Report of the Bombay Veterinary College
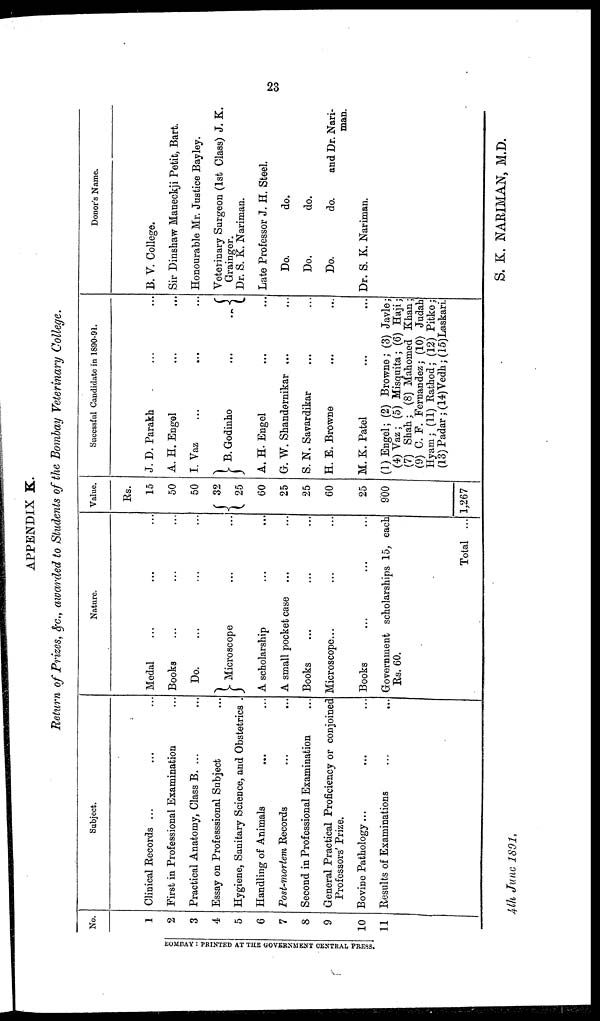
23
APPENDIX K.
Return of Prizes, &c., awarded to Students of the Bombay Veterinary College.
No.
1
2
3
4
5
6
7
8
9
10
11
Subject.
Clinical Records ... ... ...
First in Professional Examination ...
Practical Anatomy, Class B. ... ...
Essay on Professsional Subject ...
Hygiene, Sanitary Science, and Obstetrics .
Handling of Animals ... ...
Post-mortem Records ... ...
Second in Professional Examination ...
General Practical Proficiency or conjoined
Professors' Prize.
Bovine Pathology... ... ...
Results of Examinations
...
...
Nature.
Medal ... ... ...
Books ... ... ...
Do. ... ... ...
} Microscope ... ...
A scholarship ... ...
A small pocket case ... ...
Books ... ... ...
Microscope... ... ...
Books ... ... ...
Government scholarships 15, each
Rs. 60.
Total ...
Value.
Rs.
15
50
50
{ 32
25
60
25
25
60
25
900
1,267
Sucessful Candidate in 1890-91.
J. D. Parakh ... ...
A. H. Engel ... ...
I. Vaz ... ... ...
} B.Godinho ... ...{
A. H. Engel ... ...
G. W. Shandernikar ... ...
S. N. Savardikar ... ...
H. E. Browne ... ...
M. K. Patel ... ...
(1) Engel; (2) Browne ; (3) Javle ;
(4) Vaz ; (5) Misquita ; (6) Haji ;
(7) Shah ; (8) Mahomed Khan ;
(9) C. P. Fernandez ; (10) Judah
Hyam ; (11) Rathod ; (12) Pitke ;
(13) Padar ; (14)Vedh ; (15)Laskari.
Donor's Name.
B. V. College.
Sir Dinshaw Maneckji Petit, Bart.
Honourable Mr. Justice Bay ley.
Veterinary Surgeon (1st Class) J. K.
Grainger.
Dr. S. K. Nariman.
Late Professor J. H. Steel.
Do.
do.
Do.
do.
Do.
do.
and Dr. Nari-
man.
Dr. S. K. Nariman.
BOMBAY : PRINTED AT THE GOVERNMENT CENTRAL PRESS.
S. K. NARIMAN, M.D.
4th June 1891.